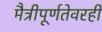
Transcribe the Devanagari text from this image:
मैत्रीपूर्णतेवरही